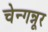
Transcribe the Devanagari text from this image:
चेन्गन्नूर